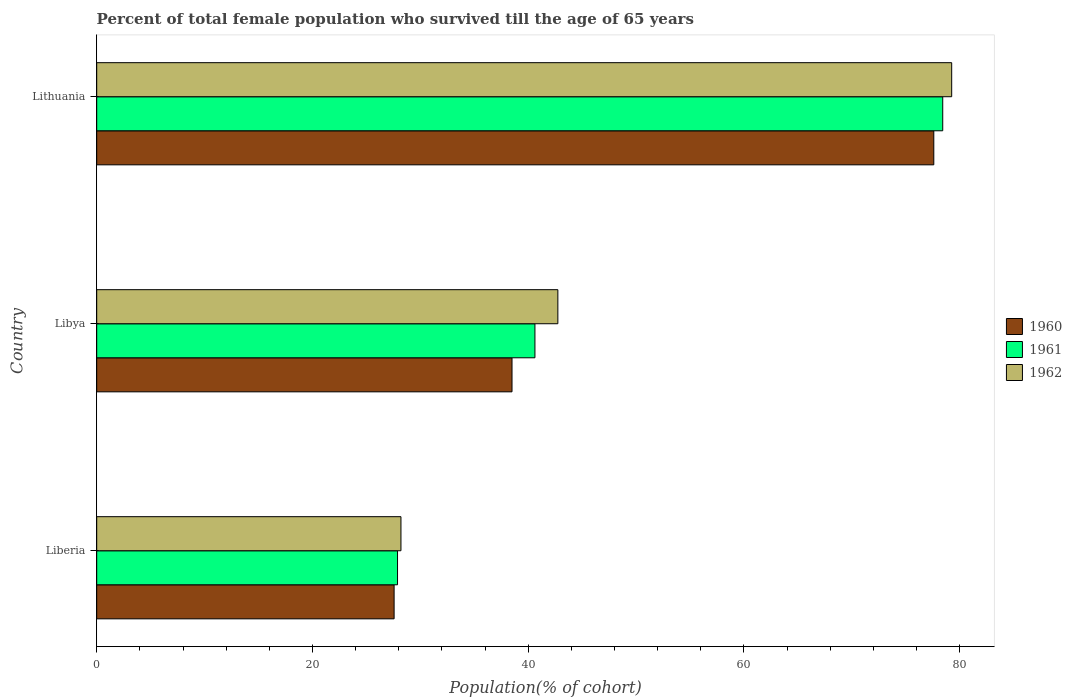
| Country | 1960 | 1961 | 1962 |
 | --- | --- | --- | --- |
 | Liberia | 27.6 | 27.9 | 28.2 |
 | Libya | 38.5 | 40.6 | 42.7 |
 | Lithuania | 77.6 | 78.4 | 79.3 |